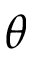
\theta